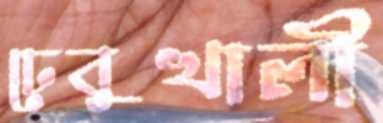
ঢেবুখালী